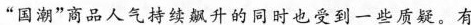
”国潮”商品人气持续飙升的同时也受到一些质疑。有